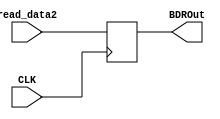
`timescale 1ns / 1ps
//////////////////////////////////////////////////////////////////////////////////
// Company: 
// Engineer: 
// 
// Design Name: 
// Module Name: BDR
// Project Name: 
// Target Devices: 
// Tool Versions: 
// Description: 
// 
// Dependencies: 
// 
// Revision:
// Revision 0.01 - File Created
// Additional Comments:
// 
//////////////////////////////////////////////////////////////////////////////////


module BDR(
	input CLK, 
	input [31:0] read_data2, 
	output reg [31:0] BDROut
	);

    always@(posedge CLK) begin
        BDROut <= read_data2;
    end
endmodule